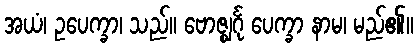
အယံ၊ ဥပေက္ခာ၊ သည်။ ဗောဇ္ဈင်္ဂု ပေက္ခာ နာမ၊ မည်၏။